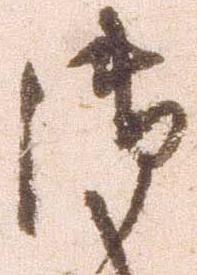
御